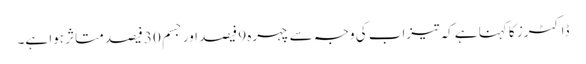
ڈاکٹرز کا کہنا ہے کہ تیزاب کی وجہ سے چہرہ 9 فیصد اور جسم 30 فیصد متاثر ہوا ہے۔